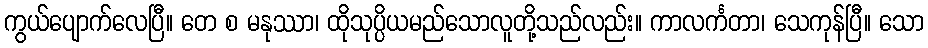
ကွယ်ပျောက်လေပြီ။ တေ စ မနုဿာ၊ ထိုသုပ္ပိယမည်သောလူတို့သည်လည်း။ ကာလင်္ကတာ၊ သေကုန်ပြီ။ သော